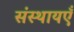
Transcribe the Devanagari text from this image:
संस्थायएँ